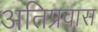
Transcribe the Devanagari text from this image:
अतिप्रवास